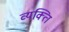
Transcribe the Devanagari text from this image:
व्‍यक्त्‍िा